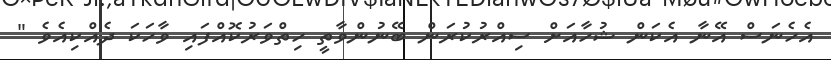
އެހެނަސް އޭނާ އެކަން ޝުހާއަށް ސިއްރުކުރަން ބޭނުންވާތީ ހިތްވަރުކޮއްފައި ވާހަކަ ދެއްކިއެވެ "